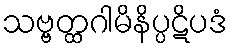
သဗ္ဗတ္ထဂါမိနိပ္ပဋိပဒံ